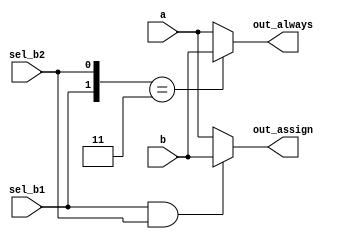
module top_module(
    input a,
    input b,
    input sel_b1,
    input sel_b2,
    output wire out_assign,
    output reg out_always   );

    wire [1:0] sel;
    assign sel = {sel_b1,sel_b2};
    always @(*) begin
        case(sel)
            2'b11: out_always = b;
            default: out_always = a;
        endcase
    end
    assign out_assign = (sel_b1 & sel_b2) ? b : a;

endmodule